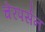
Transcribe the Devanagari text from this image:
चेरपर्सन